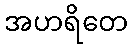
အဟရိတေ